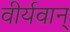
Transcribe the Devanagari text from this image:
वीर्यवान्‌